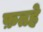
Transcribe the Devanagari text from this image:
फ़तहे